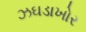
ઝઘડાખોર